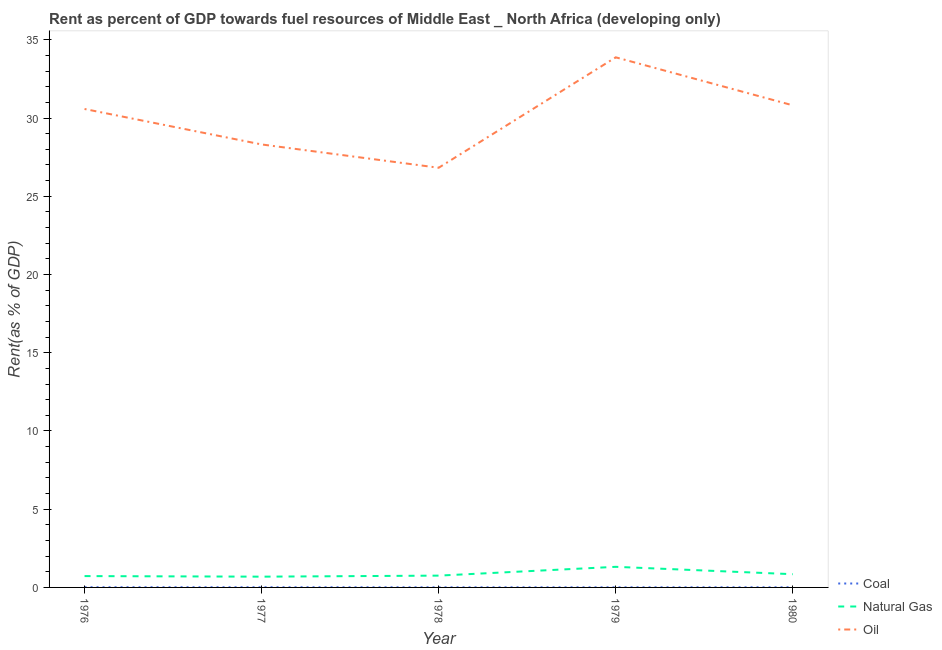
| Year | Coal | Natural Gas | Oil |
 | --- | --- | --- | --- |
 | 1976 | 0.0136 | 0.725 | 30.6 |
 | 1977 | 0.0121 | 0.688 | 28.3 |
 | 1978 | 0.00748 | 0.755 | 26.8 |
 | 1979 | 0.00761 | 1.32 | 33.9 |
 | 1980 | 0.00988 | 0.845 | 30.8 |